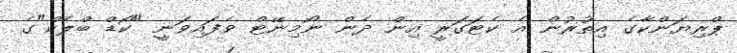
ޕްރިޔަންކާގެ އިތުރުން އެ ކެޓަގަރީ އިން ދެން ނޯމިނޭޓް ވެފައިވަނީ "ކޯޑް ބްލެކް"ގެ